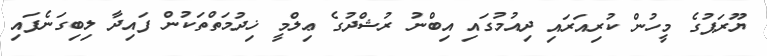
ޔޫރަޕުގެ މީހުން ކުރިއަރައި ދިއުމުގައި އިބްނު ރުޝްދުގެ ޢިލްމީ ޚިދުމަތްތަކުން ފައިދާ ލިބިގަނެފައި